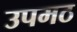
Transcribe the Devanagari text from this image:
उपमठ